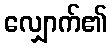
လျှောက်၏